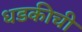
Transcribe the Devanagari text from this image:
धडकीची